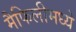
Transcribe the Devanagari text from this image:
मैफिलीमध्ये